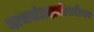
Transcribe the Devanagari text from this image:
नाथसंप्रदायींबरोबर